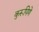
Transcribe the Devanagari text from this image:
कुरूपिणे